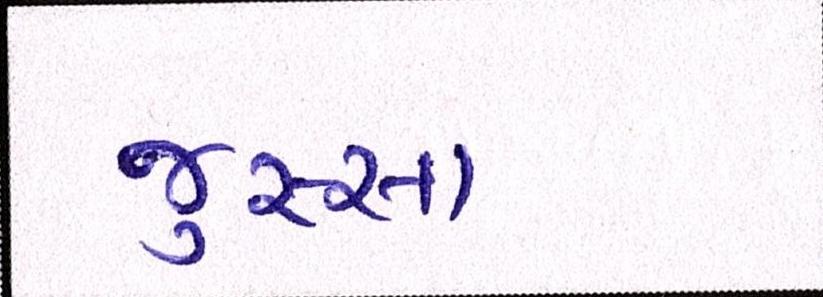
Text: જુસ્સા